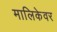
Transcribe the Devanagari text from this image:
मालिकेवर